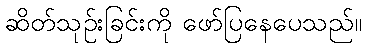
ဆိတ်သုဉ်းခြင်းကို ဖော်ပြနေပေသည်။